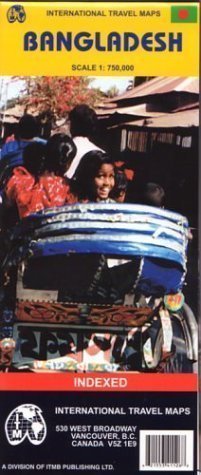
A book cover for Bangladesh (Travel Reference Map) by Collectif published by ITMB Publishing (2003); Travel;